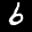
Label: 6